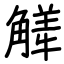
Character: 觲